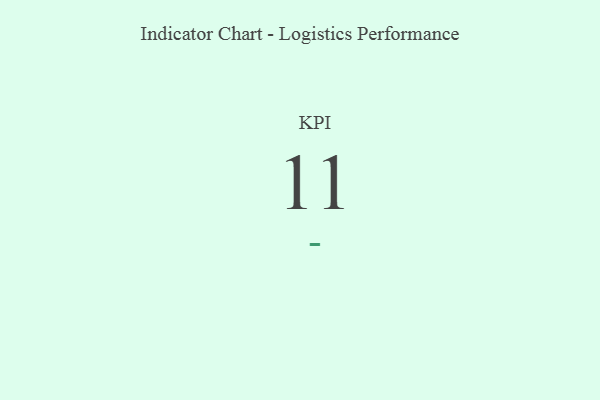
{"axis": {"x": "KPI", "y": "Value"}, "legend": [""], "data": [{"x": "KPI", "y": 11, "type": ""}]}